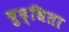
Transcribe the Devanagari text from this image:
बुद्धिता